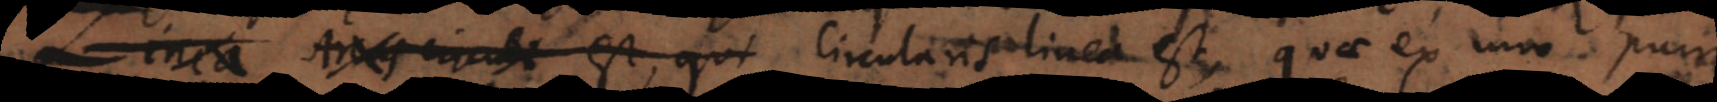
Linea Arcus circuli est, qui Circularis linea est, quae ex uno puncto